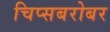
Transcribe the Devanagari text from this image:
चिप्सबरोबर